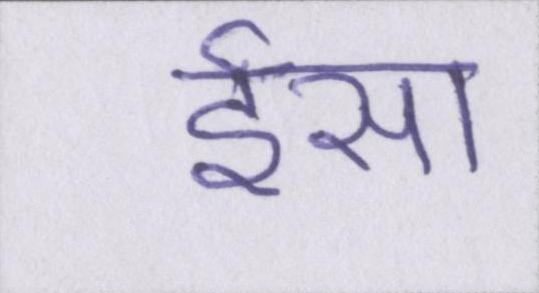
ईसा